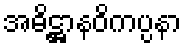
အဓိဋ္ဌာနဝိကပ္ပနာ